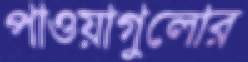
পাওয়াগুলোর